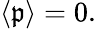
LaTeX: \left\langle{\mathfrak{p}}\right\rangle=0.